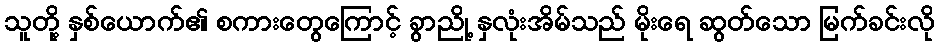
သူတို့ နှစ်ယောက်၏ စကားတွေကြောင့် ခွာညို့ နှလုံးအိမ်သည် မိုးရေ ဆွတ်သော မြက်ခင်းလို